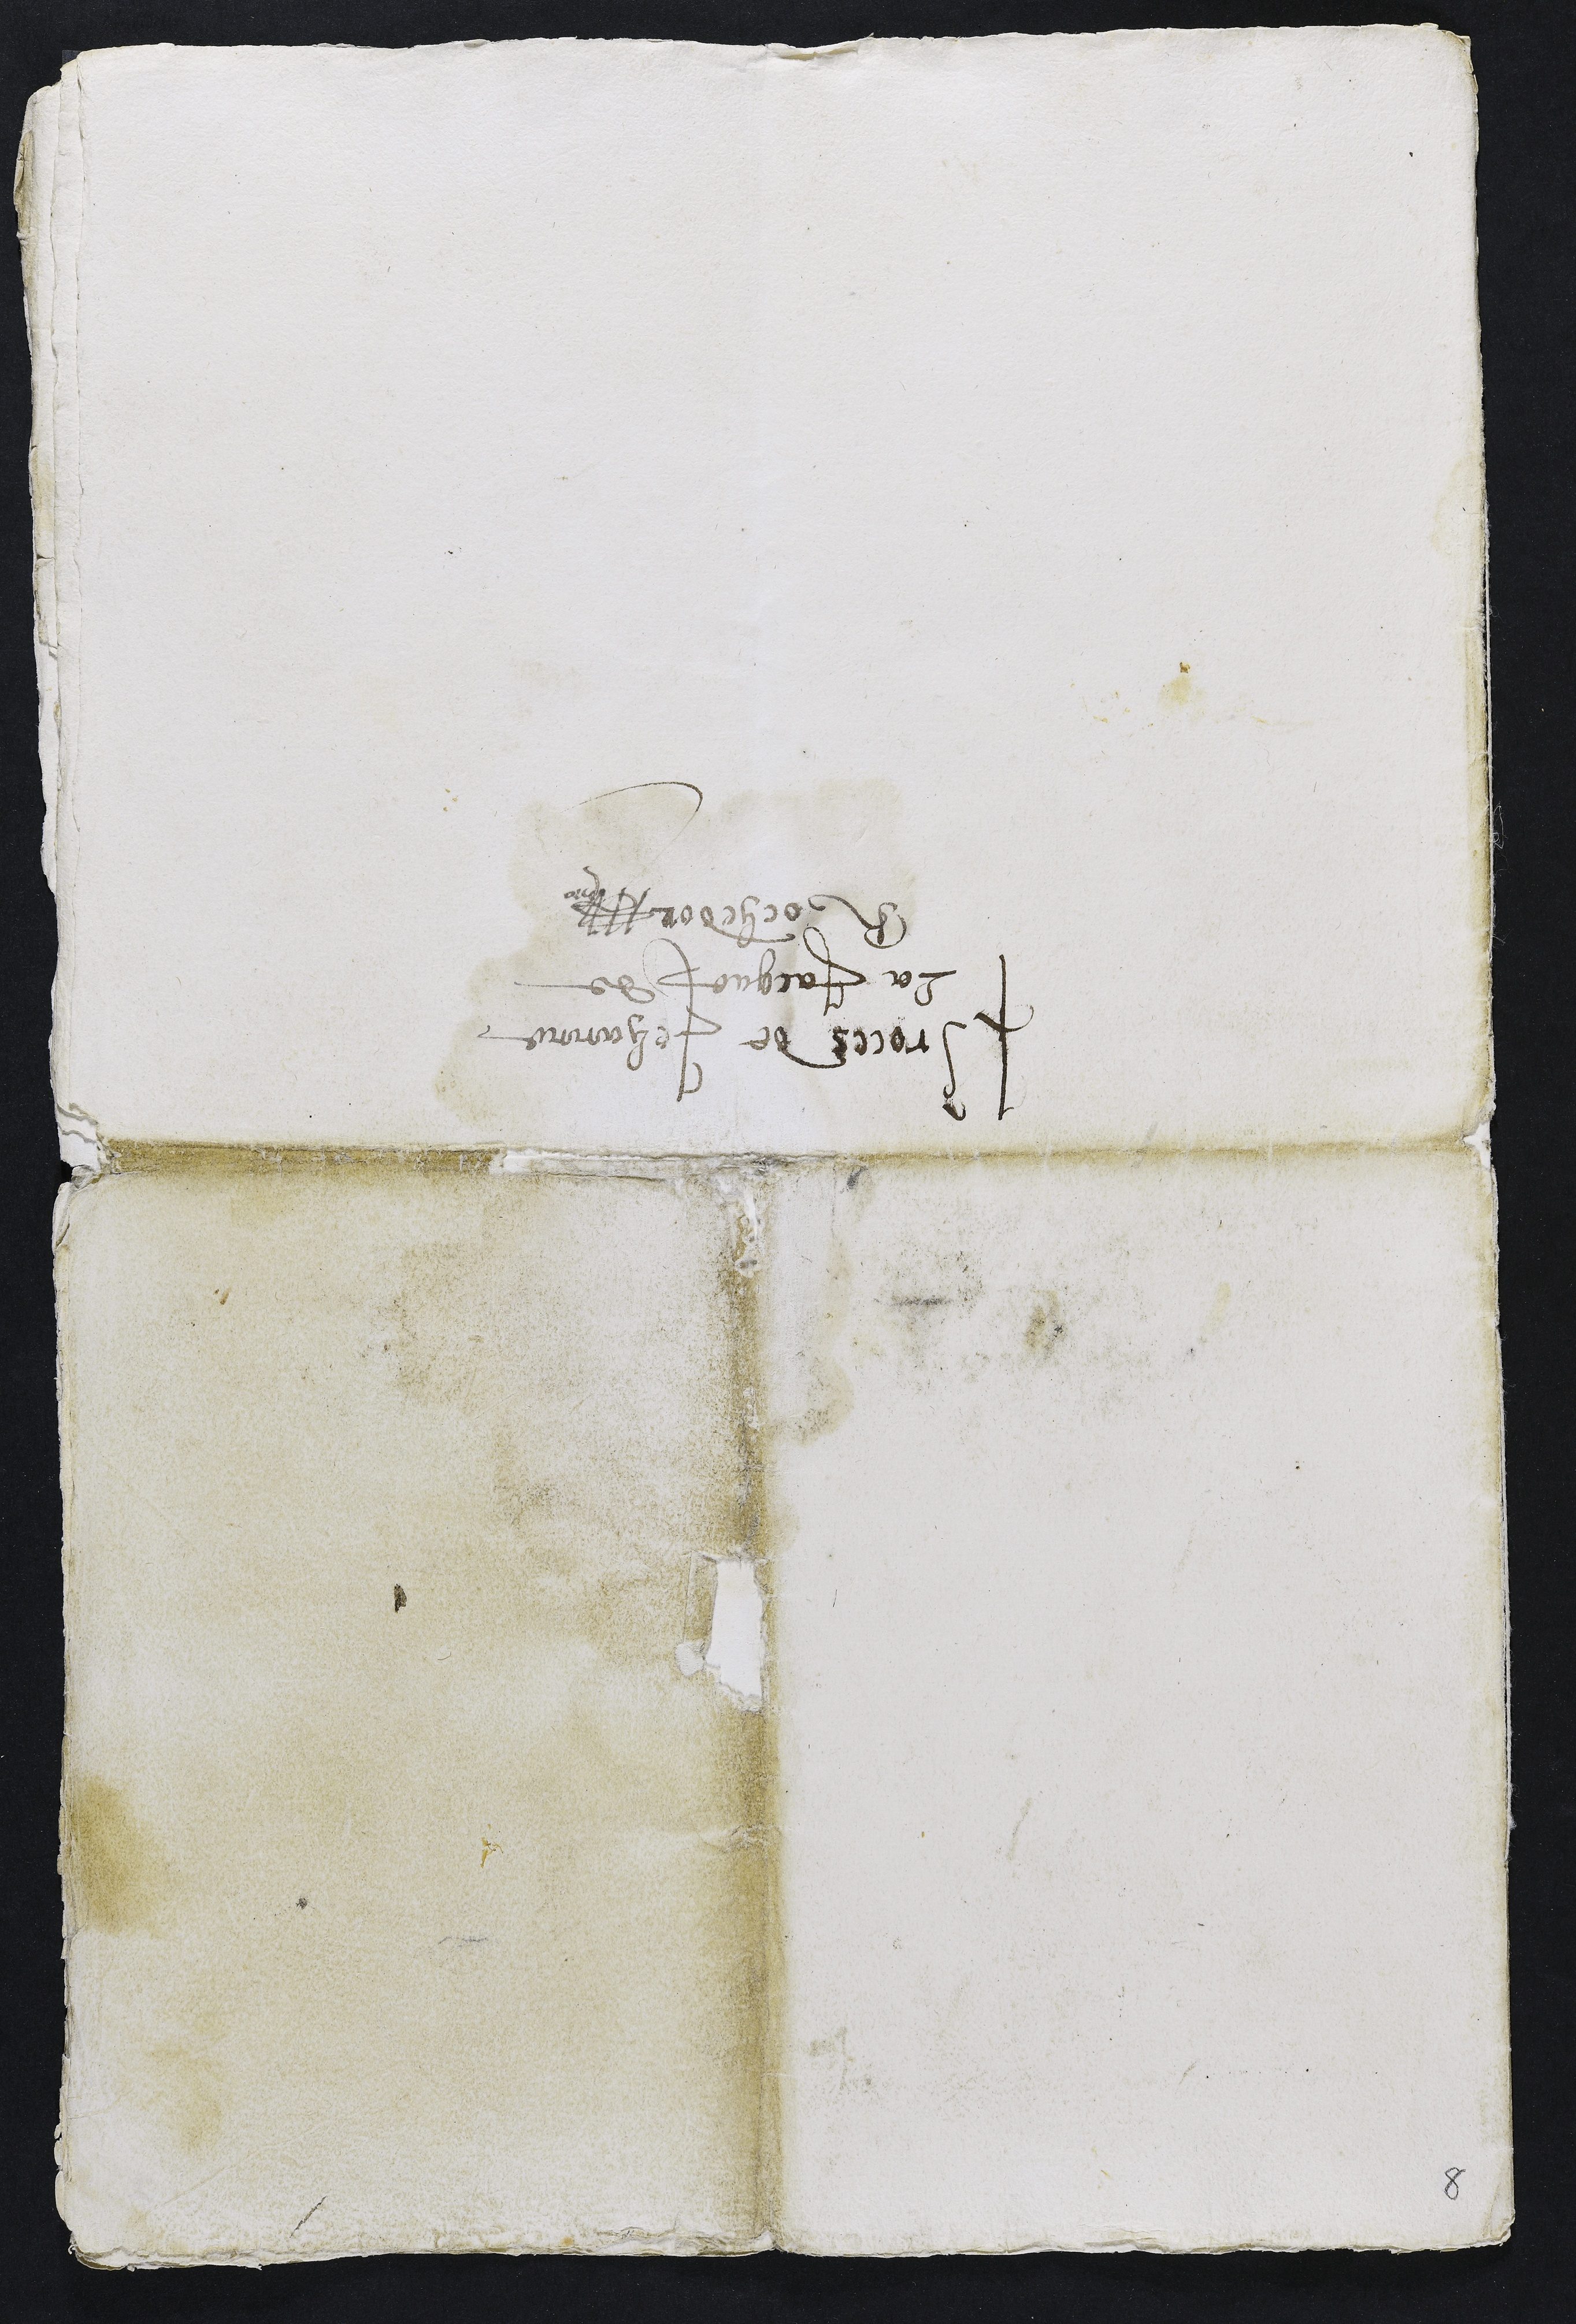
Proces de Jehanne
La Jacque de
Roche dor

8